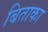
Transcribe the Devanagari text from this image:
बिताका